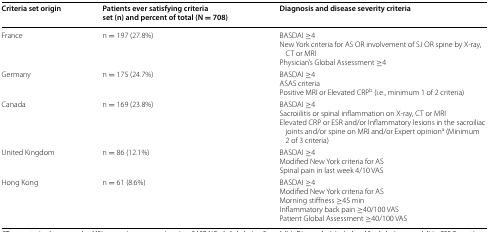
| Criteria set origin | Patients ever satisfying criteria set (n) and percent of total (N = 708) | Diagnosis and disease severity criteria |
 | --- | --- | --- |
 | France | n = 197 (27.8%) | BASDAI ≥4New York criteria for AS OR involvement of SJ OR spine by X-ray, CT or MRIPhysician’s Global Assessment ≥4 |
 | Germany | n = 175 (24.7%) | BASDAI ≥4ASAS criteriaPositive MRI or Elevated CRPb (i.e., minimum 1 of 2 criteria) |
 | Canada | n = 169 (23.8%) | BASDAI ≥4Sacroiilitis or spinal inflammation on X-ray, CT or MRIElevated CRP or ESR and/or Inflammatory lesions in the sacroiliac joints and/or spine on MRI and/or Expert opiniona (Minimum 2 of 3 criteria) |
 | United Kingdom | n = 86 (12.1%) | BASDAI ≥4Modified New York criteria for ASSpinal pain in last week 4/10 VAS |
 | Hong Kong | n = 61 (8.6%) | BASDAI ≥4Modified New York criteria for ASMorning stiffness ≥45 minInflammatory back pain ≥40/100 VASPatient Global Assessment ≥40/100 VAS |